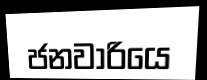
ජනවාරියෙ